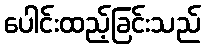
ပေါင်းထည့်ခြင်းသည်